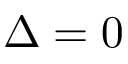
\Delta = 0